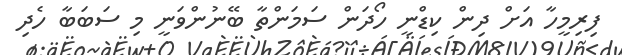
ފިރިމީހާ އަށް ދިން ކިޑްނީ ހޯދަން ސަމަންތާ ބޭނުންވަނީ މި ސަބަބާ ހެދި